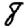
Digit: 8